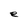
Character: e